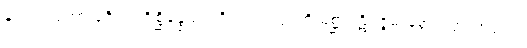
နဟာယတော ပူဇိတပရိစ္ဆိန္နေသု ပရိဂ္ဂဏှေယျာတိ မိစ္ဆာပဋိပဇ္ဇမာနော ပတ္တကာလော